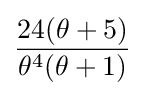
{\frac {24(\theta +5)}{\theta ^{4}(\theta +1)}}